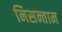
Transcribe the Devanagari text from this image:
निसन्तान